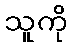
သူကို